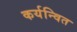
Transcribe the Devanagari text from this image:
कर्यन्वित